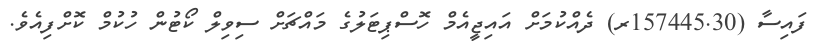
ފައިސާ (157445.30ރ) ދެއްކުމަށް އައިޖީއެމް ހޮސްޕިޓަލުގެ މައްޗަށް ސިވިލް ކޯޓުން ހުކުމް ކޮށްފިއެވެ.